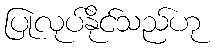
ပြုလုပ်နိုင်သည်ဟု